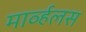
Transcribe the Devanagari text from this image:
मार्व्हलस